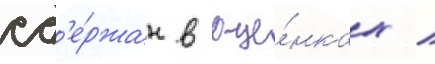
сд'е́ржан в оце́нках /